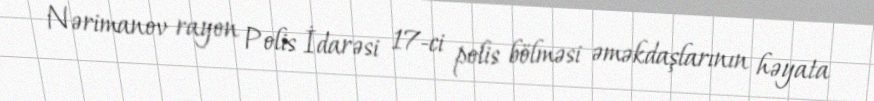
Nərimanov rayon Polis İdarəsi 17-ci polis bölməsi əməkdaşlarının həyata